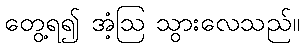
တွေ့ရ၍ အံ့ဩ သွားလေသည်။